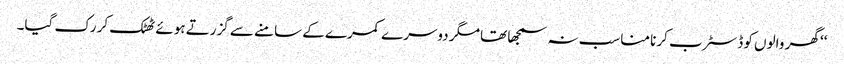
‘‘ گھر والوں کو ڈسٹرب کرنا مناسب نہ سمجھا تھا مگر دوسرے کمرے کے سامنے سے گزرتے ہوئے ٹھٹک کر رک گیا۔